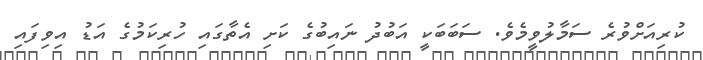
ކުރިއަށްވުރެ ސަމާލުވީމެވެ. ސަބަބަކީ އަބުދު ނައިބުގެ ކަށި އެތާގައި ހުރިކަމުގެ އަޑު އިވިފައި